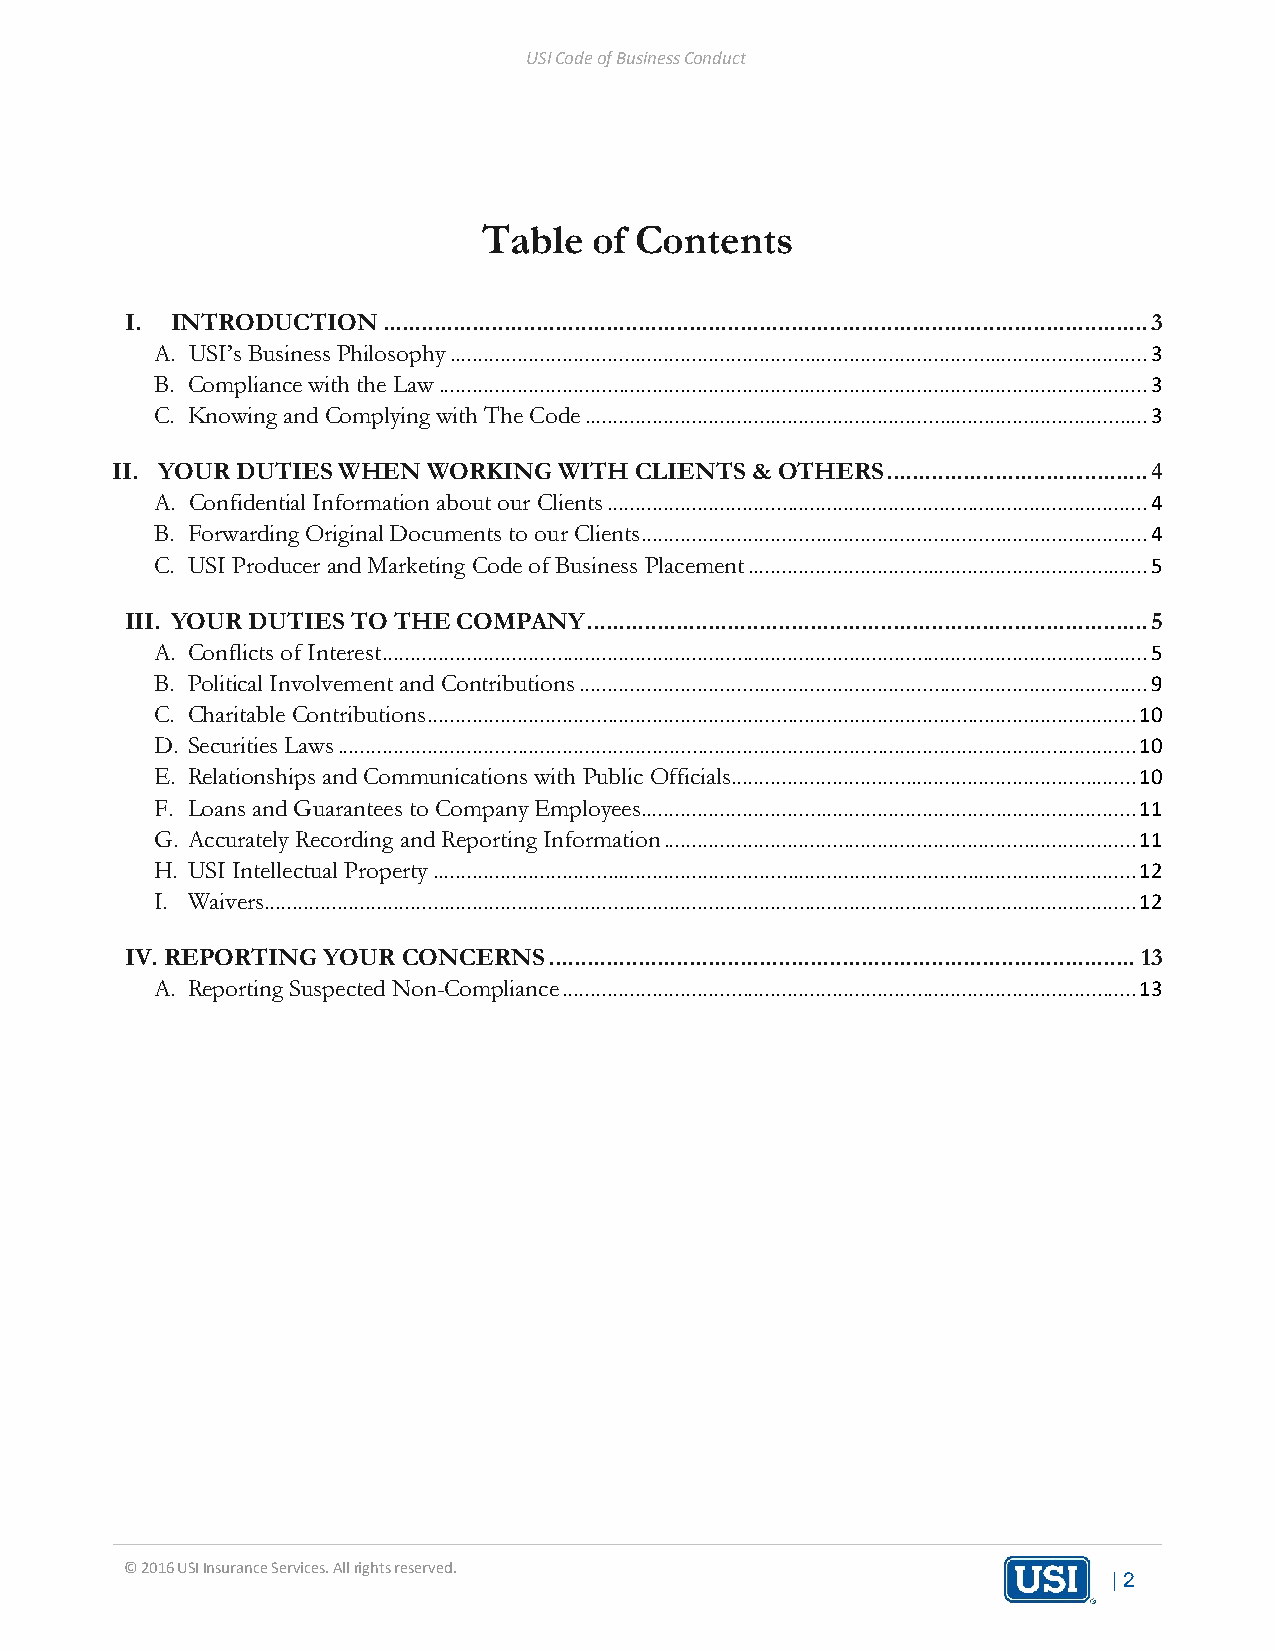
USI Code of Business Conduct
 Table  of Contents
 I. INTRODUCTION  ........................................................................................................................ 3
 A. USI’s Business Philosophy ............................................................................................................................ 3
 B. Compliance with the Law .............................................................................................................................. 3
 C. Knowing and Complying with The Code .................................................................................................... 3
 II. YOUR DUTIES WHEN WORKING  WITH CLIENTS & OTHERS ......................................... 4
 A. Confidential Information about our Clients ................................................................................................ 4
 B. Forwarding Original Documents to our Clients .......................................................................................... 4
 C. USI Producer and Marketing Code of Business Placement ....................................................................... 5
 III. YOUR DUTIES TO THE COMPANY ........................................................................................ 5
 A. Conflicts of Interest ........................................................................................................................................ 5
 B. Political Involvement and Contributions ..................................................................................................... 9
 C. Charitable Contributions .............................................................................................................................. 10
 D. Securities Laws .............................................................................................................................................. 10
 E. Relationships and Communications with Public Officials........................................................................ 10
 F. Loans and Guarantees to Company Employees ........................................................................................ 11
 G. Accurately Recording and Reporting Information .................................................................................... 11
 H. USI Intellectual Property ............................................................................................................................. 12
 I. Waivers........................................................................................................................................................... 12
 IV. REPORTING YOUR CONCERNS ............................................................................................ 13
 A. Reporting Suspected Non-Compliance ...................................................................................................... 13
 © 2016 USI Insurance Services. All rights reserved.
 | 2